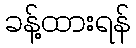
ခန့်ထားရန်